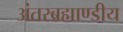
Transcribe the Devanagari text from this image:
अंतरब्रह्माण्डीय